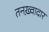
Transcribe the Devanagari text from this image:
तनख़्वादार